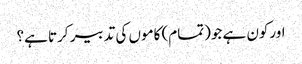
اورکون ہے جو(تمام) کاموں کی تدبیر کرتا ہے؟